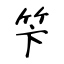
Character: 笇